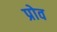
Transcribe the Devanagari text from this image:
प्रोव